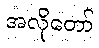
အလိုတော်